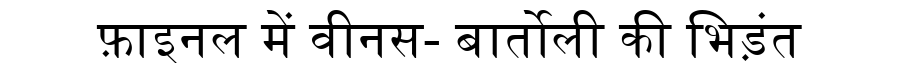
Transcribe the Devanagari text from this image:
फ़ाइनल में वीनस- बार्तोली की भिड़ंत